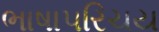
ભાષાપરિચય